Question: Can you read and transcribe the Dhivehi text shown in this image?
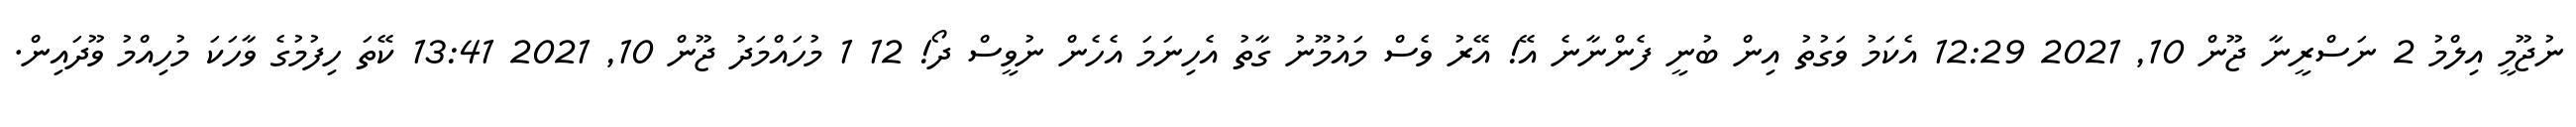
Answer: ނުޖޫމީ އިލްމު 2 ނަސްރީނާ ޖޫން 10, 2021 12:29 އެކަމު ވަގުތު އިން ބުނީ ފެންނާނެ އޭ! އޭރު ވެސް މައުމޫނު ގާތު އެހިނަމަ އެހެން ނުވީސް ދޯ! 12 1 މުހައްމަދު ޖޫން 10, 2021 13:41 ކޭތަ ހިފުމުގެ ވާހަކަ މުހިއްމު ވޫދައިން.